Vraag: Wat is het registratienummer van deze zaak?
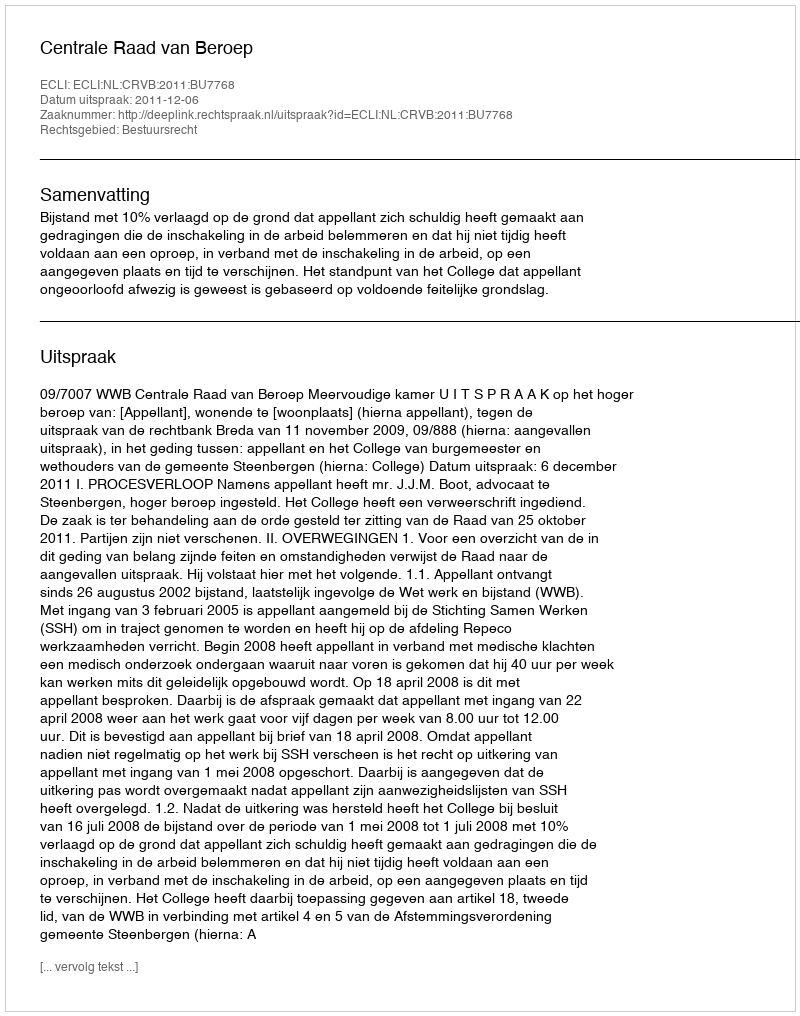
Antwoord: http://deeplink.rechtspraak.nl/uitspraak?id=ECLI:NL:CRVB:2011:BU7768